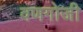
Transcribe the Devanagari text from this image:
वणगोजी